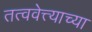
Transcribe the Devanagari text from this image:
तत्ववेत्त्याच्या